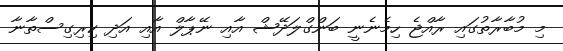
މި މުބާރާތުގައި ރާއްޖެ ހިމެނެނީ ބަންގްލަދޭޝް އާއި ނޭޕާލް އާއި އަދި ކިރިގިސްތާނާ